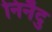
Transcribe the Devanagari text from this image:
निनैदु